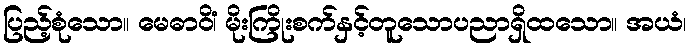
ပြည့်စုံသော။ မေဓာဝိံ၊ မိုးကြိုးစက်နှင့်တူသောပညာရှိထသော။ အယံ၊